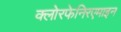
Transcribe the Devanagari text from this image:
क्लोरफेनिरएमाइन